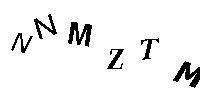
NNMZTM